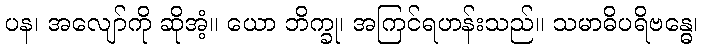
ပန၊ အလျော်ကို ဆိုအံ့။ ယော ဘိက္ခု၊ အကြင်ရဟန်းသည်။ သမာဓိပရိဗန္ဓေ၊